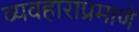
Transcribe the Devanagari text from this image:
व्यवहाराप्रमाणे